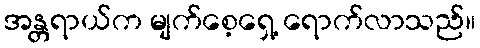
အန္တရာယ်က မျက်စေ့ရှေ့ ရောက်လာသည်။